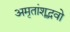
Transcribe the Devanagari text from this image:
अमृतांशूद्भवो